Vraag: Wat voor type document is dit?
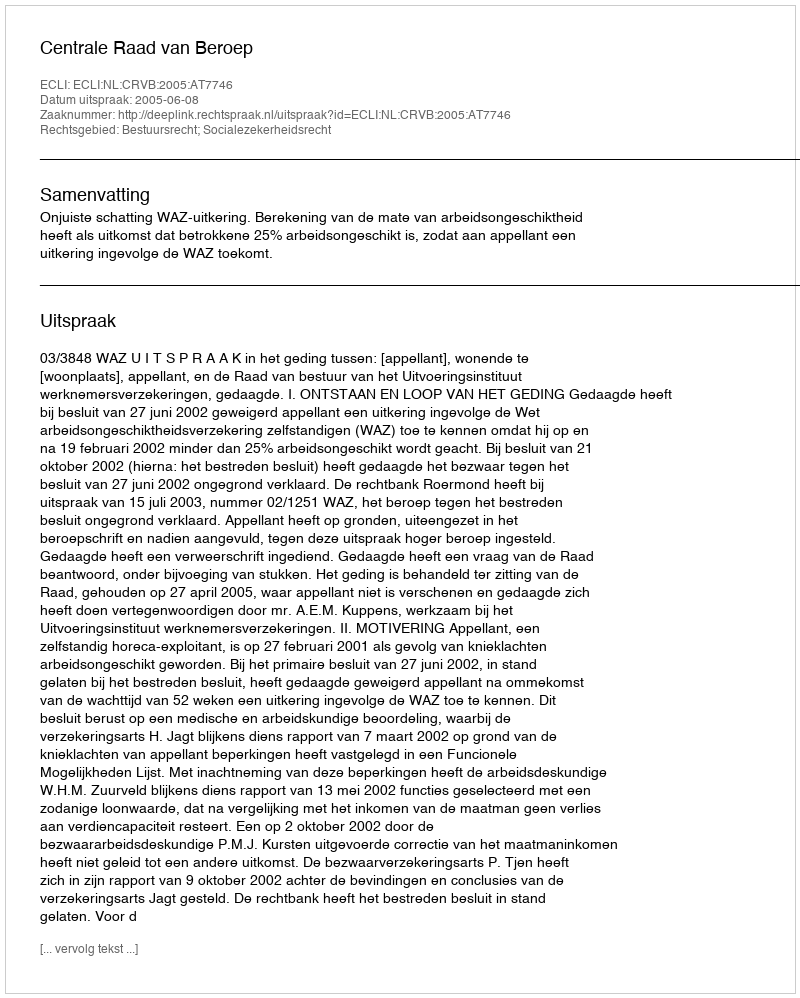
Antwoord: Uitspraak